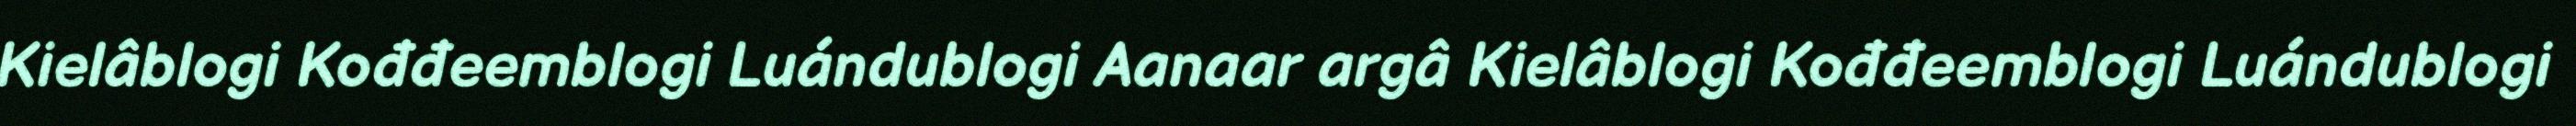
Kielâblogi Kođđeemblogi Luándublogi Aanaar argâ Kielâblogi Kođđeemblogi Luándublogi